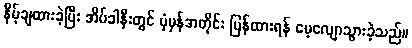
နှိမ့်ချထားခဲ့ပြီး အိပ်ခါနီးတွင် ပုံမှန်အတိုင်း ပြန်ထားရန် မေ့လျောသွားခဲ့သည်။